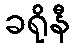
ခရိုနီ